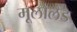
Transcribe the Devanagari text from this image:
मूलोलैंड